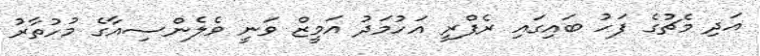
އަދި މެޗުގެ ފަހު ބައިގައި ރެފްރީ އަހުމަދު އަމީޒް ވަނީ ވެލެންސިއާގެ މުހުތާރު